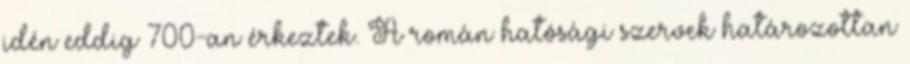
idén eddig 700-an érkeztek. A román hatósági szervek határozottan